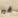
غير